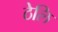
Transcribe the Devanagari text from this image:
ठेलि